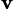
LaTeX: _\mathbf{v}